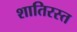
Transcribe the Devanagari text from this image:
शातिरस्त